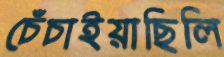
চেঁচাইয়াছিলি